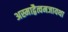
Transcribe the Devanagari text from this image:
अस्माद्वैत्वमजायथा